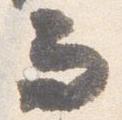
而